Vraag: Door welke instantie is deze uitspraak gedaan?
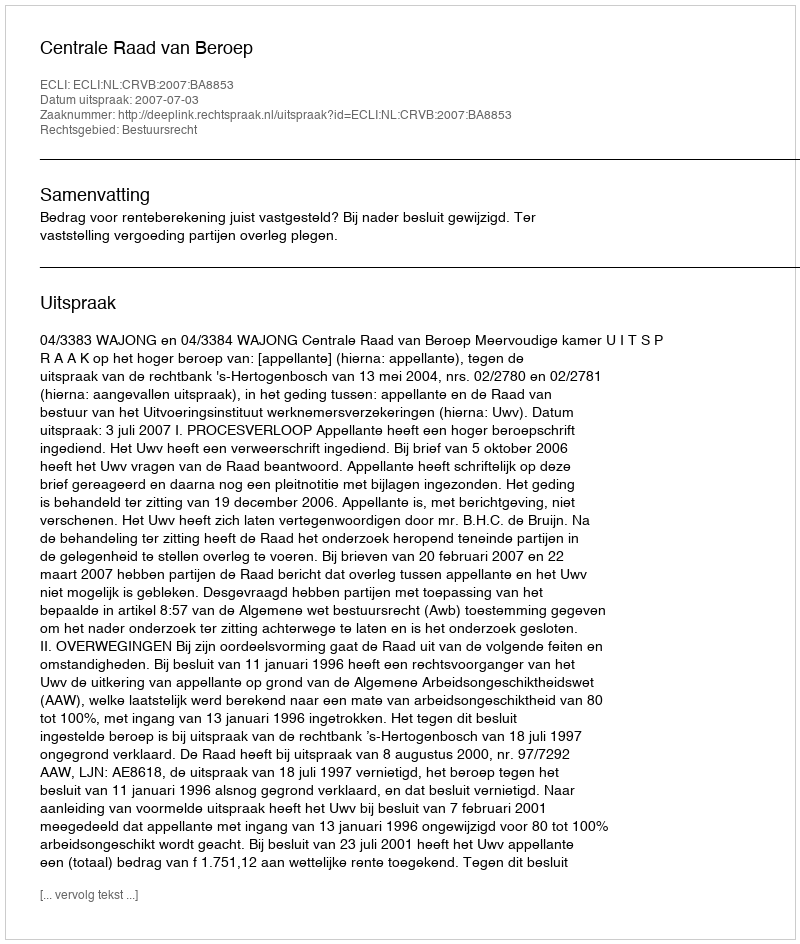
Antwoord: Centrale Raad van Beroep